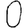
Digit: 0